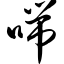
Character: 喘